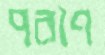
পরাণ